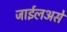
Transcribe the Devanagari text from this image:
जाईलअसे